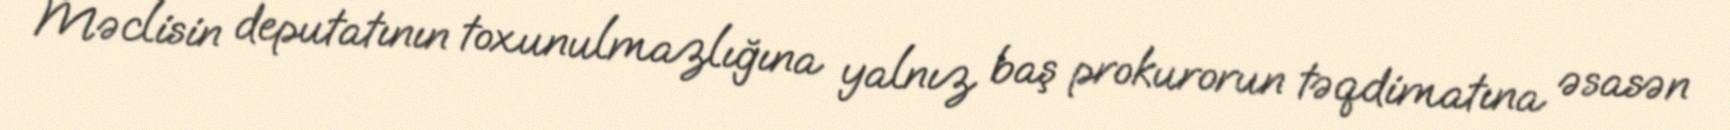
Məclisin deputatının toxunulmazlığına yalnız baş prokurorun təqdimatına əsasən